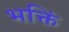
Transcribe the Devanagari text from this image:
भक्तिं